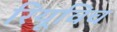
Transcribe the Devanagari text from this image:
रियूविच